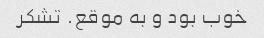
خوب بود و به موقع. تشکر